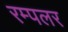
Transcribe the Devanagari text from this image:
रम्पलर